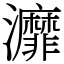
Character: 灖